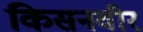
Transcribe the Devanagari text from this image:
किसनवीर